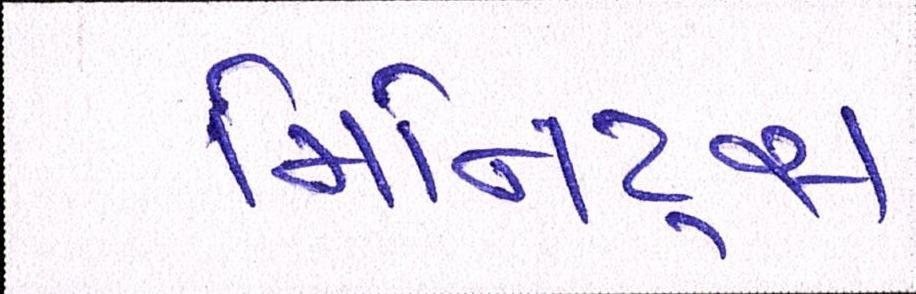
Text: મિનિટ્સ